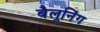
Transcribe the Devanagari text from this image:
बैलूनिंग